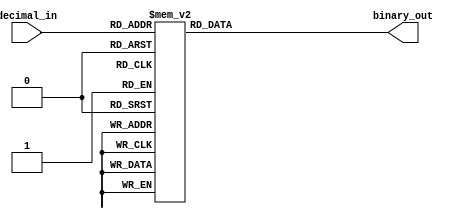
module priority_encoder (
    input [3:0] decimal_in,
    output reg [2:0] binary_out
);

always @(*) begin
    case(decimal_in)
        4'b0000: binary_out = 3'b000;
        4'b0001: binary_out = 3'b001;
        4'b0010: binary_out = 3'b010;
        4'b0011: binary_out = 3'b011;
        4'b0100: binary_out = 3'b100;
        4'b0101: binary_out = 3'b101;
        4'b0110: binary_out = 3'b110;
        4'b0111: binary_out = 3'b111;
        4'b1000: binary_out = 3'b000;
        4'b1001: binary_out = 3'b001;
        4'b1010: binary_out = 3'b010;
        4'b1011: binary_out = 3'b011;
        4'b1100: binary_out = 3'b100;
        4'b1101: binary_out = 3'b101;
        4'b1110: binary_out = 3'b110;
        4'b1111: binary_out = 3'b111;
    endcase
end

endmodule